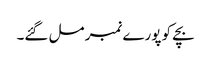
بچے کو پورے نمبر مل گئے۔